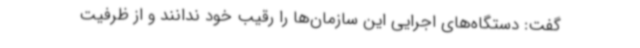
گفت: دستگاه‌های اجرایی این سازمان‌ها را رقیب خود ندانند و از ظرفیت